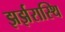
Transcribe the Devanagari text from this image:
झर्झरास्थि